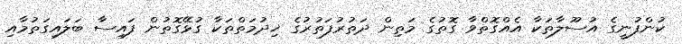
ކުންފުނީގެ އުސޫލާތަކާ އެއްގޮތްވާ ގޮތުގެ މަތިން ދަތުރުފަތުރުގެ ޚިދުމަތްތަކާ ގުޅޭގޮތުން ފައިސާ ބަލައިގަތުމާއި